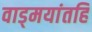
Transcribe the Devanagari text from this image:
वाड्मयांतहि